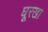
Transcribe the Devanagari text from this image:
घूरखा